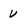
Character: U